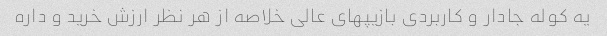
یه کوله جادار و کاربردی بازیپهای عالی خلاصه از هر نظر ارزش خرید و داره